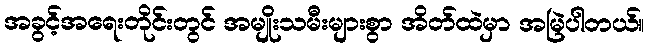
အခွင့်အရေးတိုင်းတွင် အမျိုးသမီးများစွာ အိတ်ထဲမှာ အမြဲပါတယ်။